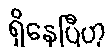
ရှိနေပြီဟု